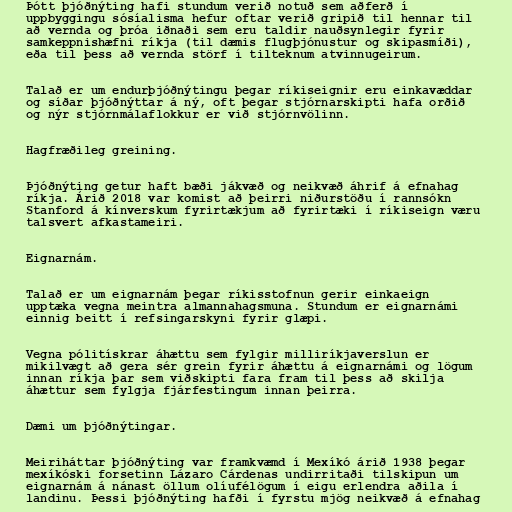
Þótt þjóðnýting hafi stundum verið notuð sem aðferð í
uppbyggingu sósíalisma hefur oftar verið gripið til hennar til
að vernda og þróa iðnaði sem eru taldir nauðsynlegir fyrir
samkeppnishæfni ríkja (til dæmis flugþjónustur og skipasmíði),
eða til þess að vernda störf í tilteknum atvinnugeirum.

Talað er um endurþjóðnýtingu þegar ríkiseignir eru einkavæddar
og síðar þjóðnýttar á ný, oft þegar stjórnarskipti hafa orðið
og nýr stjórnmálaflokkur er við stjórnvölinn.

Hagfræðileg greining.

Þjóðnýting getur haft bæði jákvæð og neikvæð áhrif á efnahag
ríkja. Árið 2018 var komist að þeirri niðurstöðu í rannsókn
Stanford á kínverskum fyrirtækjum að fyrirtæki í ríkiseign væru
talsvert afkastameiri.

Eignarnám.

Talað er um eignarnám þegar ríkisstofnun gerir einkaeign
upptæka vegna meintra almannahagsmuna. Stundum er eignarnámi
einnig beitt í refsingarskyni fyrir glæpi.

Vegna pólitískrar áhættu sem fylgir milliríkjaverslun er
mikilvægt að gera sér grein fyrir áhættu á eignarnámi og lögum
innan ríkja þar sem viðskipti fara fram til þess að skilja
áhættur sem fylgja fjárfestingum innan þeirra.

Dæmi um þjóðnýtingar.

Meiriháttar þjóðnýting var framkvæmd í Mexíkó árið 1938 þegar
mexíkóski forsetinn Lázaro Cárdenas undirritaði tilskipun um
eignarnám á nánast öllum olíufélögum í eigu erlendra aðila í
landinu. Þessi þjóðnýting hafði í fyrstu mjög neikvæð á efnahag